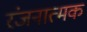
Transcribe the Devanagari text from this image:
रंजनात्मक